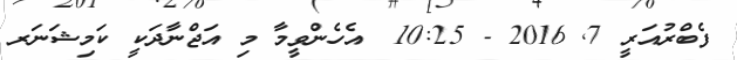
ފެބްރުއަރީ 7